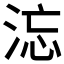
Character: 𰛹